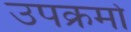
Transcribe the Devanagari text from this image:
उपक्रमो